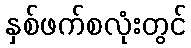
နှစ်ဖက်စလုံးတွင်